Annual report on the working of the mental hospitals in the Madras Presidency - 1912-1932
Year: 1912
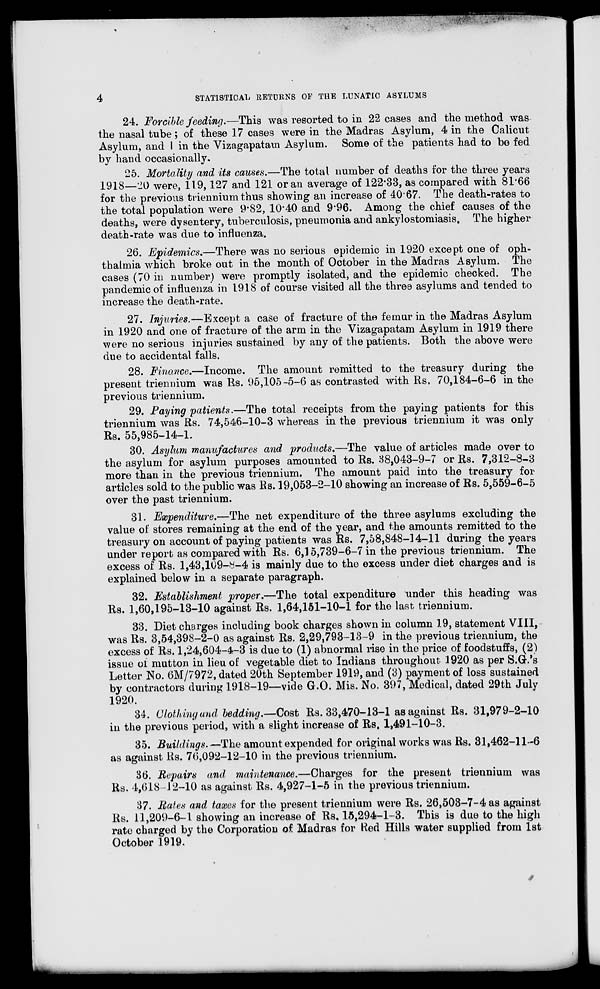
4
STATISTICAL RETURNS OF THE LUNATIC ASYLUMS
24. Forcible feeding,—This was resorted to in 22 cases and the method was
the nasal tube ; of these 17 cases were in the Madras Asylum, 4 in the Calicut
Asylum, and 1 in the Vizagapatam Asylum. Some of the patients had to be fed
by hand occasionally,
25. Mortality and its causes.—The total number of deaths for the three years
1918—20 were, 119,127 and 121 or an average of 122.33, as compared with 81.66
for the previous triennial thus showing an increase of 40.67. The death-rates to
the total population were 9.82, 10.40 and 9.96. Among the chief causes of the
deaths, were dysentery, tuberculosis, pneumonia and ankylostomiasis. The higher
death-rate was due to influenza.
26. Epidemics.—There was no serious epidemic in 1920 except one of oph-
thalmia which broke out in the month of October in the Madras Asylum. The
cases (70 in number) were promptly isolated, and the epidemic checked. The
pandemic of influenza in 1918 of course visited all the three asylums and tended to
increase the death-rate.
27. Injuries.—Except a case of fracture of the femur in the Madras Asylum
in 1920 and one of fracture of the arm in the Vizagapatam Asylum in 1919 there
were no serious injuries sustained by any of the patients. Both the above were
due to accidental falls.
28. Finance.—Income. The amount remitted to the treasury during the
present triennium was Rs. 95,105-5-6 as contrasted with Rs. 70,184-6-6 in the
previous triennium.
29. Paying patients.—The total receipts from the paying patients for this
triennium was Rs. 74,546-10-3 whereas in the previous triennium it was only
Rs. 55,985-14-1.
30. Asylum manufactures and products.—The value of articles made over to
the asylum for asylum purposes amounted to Rs. 38,043-9-7 or Rs. 7,312-8-3
more than in the previous triennium. The amount paid into the treasury for
articles sold to the public was Rs. 19,053-2-10 showing an increase of Rs. 5,559-6-5
over the past triennium.
31. Expenditure.—The net expenditure of the three asylums excluding the
value of stores remaining at the end of the year, and the amounts remitted to the
treasury on account of paying patients was Rs. 7,58,848-14-11 during the years
under report as compared with Rs. 6,15,739-6-7 in the previous triennium. The
excess of Rs. 1,43,109-8-4 is mainly due to the excess under diet charges and is
explained below in a separate paragraph.
32. Establishment proper.—The total expenditure under this heading was
Rs. 1,60,195-13-10 against Rs. 1,64,151-10-1 for the last triennium.
33. Diet charges including book charges shown in column 19, statement VIII,
was Rs. 3,54,398-2-0 as against Rs. 2,29,793-13-9 in the previous triennium, the
excess of Rs. 1,24,604-4-3 is due to (1) abnormal rise in the price of foodstuffs, (2)
issue of mutton in lieu of vegetable diet to Indians throughout 1920 as per S.G.'s
Letter No. 6M/7972, dated 20th September 1919, and (3) payment of loss sustained
by contractors during 1918-19—vide G.O. Mis. No. 397, Medical, dated 29th July
1920.
34. Clothing and bedding.—Cost Rs. 33,470-13-1 as against Rs. 31,979-2-10
in the previous period, with a slight increase of Rs. 1,491-10-3.
35. Buildings.—The amount expended for original works was Rs. 31,462-11-6
as against Rs. 76,092-12-10 in the previous triennium.
36. Repairs and maintenance.—Charges for the present triennium was
Rs. 4,618-12-10 as against Rs. 4,927-1-5 in the previous triennium.
37. Rates and taxes for the present triennium were Rs. 26,503-7-4 as against
Rs. 11,209-6-1 showing an increase of Rs. 15,294-1-3. This is due to the high
rate charged by the Corporation of Madras for Red Hills water supplied from 1st
October 1919.